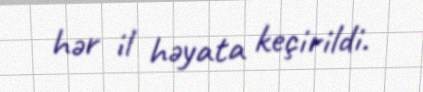
hər il həyata keçirildi.